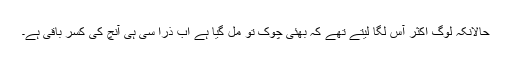
حالانکہ لوگ اکثر آس لگا لیتے تھے کہ بھئی چوک تو مل گیا ہے اب ذرا سی ہی آنچ کی کسر باقی ہے۔